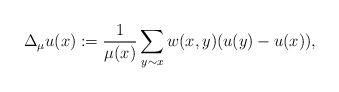
LaTeX: \begin{align*}\Delta_\mu u(x) := \frac{1}{\mu (x)} \sum_{y\sim x} w(x,y) (u(y)-u(x)),\end{align*}